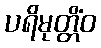
ပရိမုတ္တိံဝ